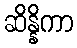
ဆိန္နိကာ